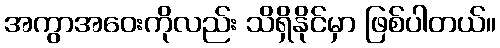
အကွာအဝေးကိုလည်း သိရှိနိုင်မှာ ဖြစ်ပါတယ်။